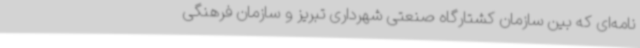
نامه‌ای که بین سازمان کشتارگاه صنعتی شهرداری تبریز و سازمان فرهنگی